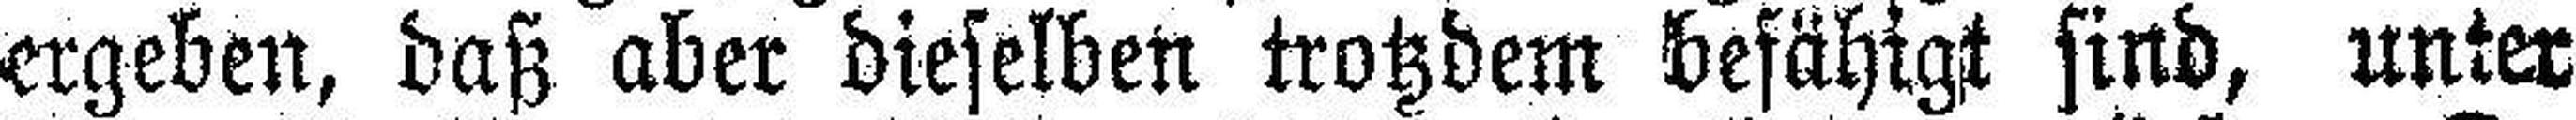
ergeben, daß aber dieselben trotzdem befähigt sind, unter